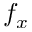
f _ { x }